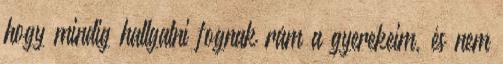
hogy mindig hallgatni fognak rám a gyerekeim, és nem